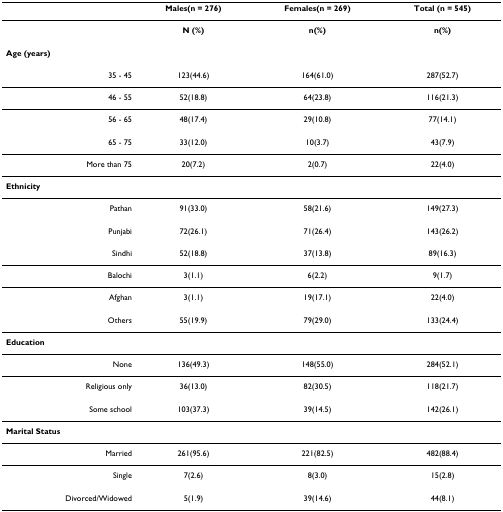
|  | Males(n = 276) | Females(n = 269) | Total (n = 545) |
 | --- | --- | --- | --- |
 |  | N (%) | n(%) | n(%) |
 | Age (years) |  |  |  |
 | 35 - 45 | 123(44.6) | 164(61.0) | 287(52.7) |
 | 46 - 55 | 52(18.8) | 64(23.8) | 116(21.3) |
 | 56 - 65 | 48(17.4) | 29(10.8) | 77(14.1) |
 | 65 - 75 | 33(12.0) | 10(3.7) | 43(7.9) |
 | More than 75 | 20(7.2) | 2(0.7) | 22(4.0) |
 | Ethnicity |  |  |  |
 | Pathan | 91(33.0) | 58(21.6) | 149(27.3) |
 | Punjabi | 72(26.1) | 71(26.4) | 143(26.2) |
 | Sindhi | 52(18.8) | 37(13.8) | 89(16.3) |
 | Balochi | 3(1.1) | 6(2.2) | 9(1.7) |
 | Afghan | 3(1.1) | 19(17.1) | 22(4.0) |
 | Others | 55(19.9) | 79(29.0) | 133(24.4) |
 | Education |  |  |  |
 | None | 136(49.3) | 148(55.0) | 284(52.1) |
 | Religious only | 36(13.0) | 82(30.5) | 118(21.7) |
 | Some school | 103(37.3) | 39(14.5) | 142(26.1) |
 | Marital Status |  |  |  |
 | Married | 261(95.6) | 221(82.5) | 482(88.4) |
 | Single | 7(2.6) | 8(3.0) | 15(2.8) |
 | Divorced/Widowed | 5(1.9) | 39(14.6) | 44(8.1) |